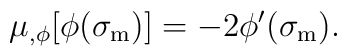
\mu_{,\phi}[\phi(\sigma_{\rm m})] = -2 \phi'(\sigma_{\rm m}).